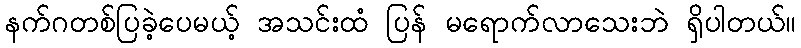
နက်ဂတစ်ပြခဲ့ပေမယ့် အသင်းထံ ပြန် မရောက်လာသေးဘဲ ရှိပါတယ်။